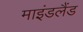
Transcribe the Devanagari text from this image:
माइंडलैंड